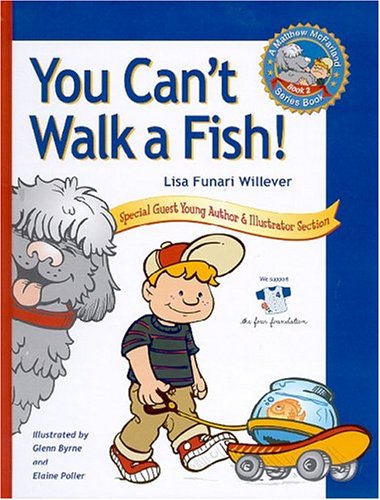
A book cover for You Can't Walk a Fish; Lisa Funari-Willever; Humor & Entertainment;